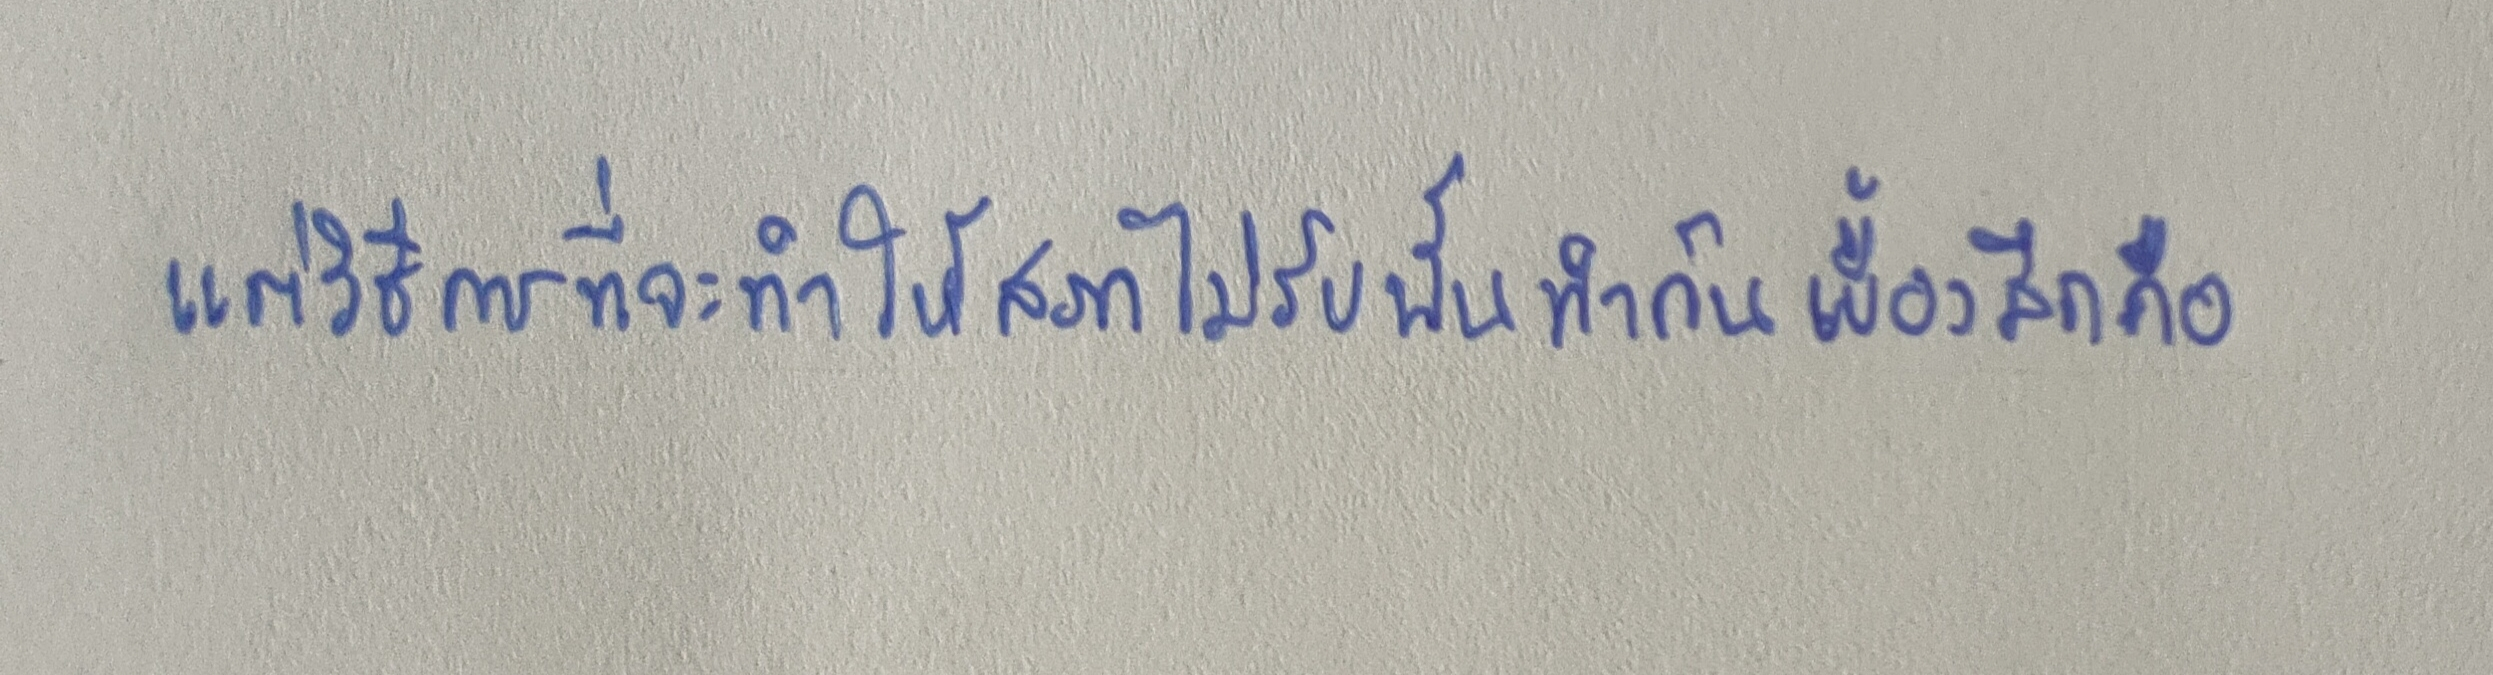
แต่วิธีการที่จะทำให้สภาไม่รับนั้นทำกันเบื้องลึกคือ